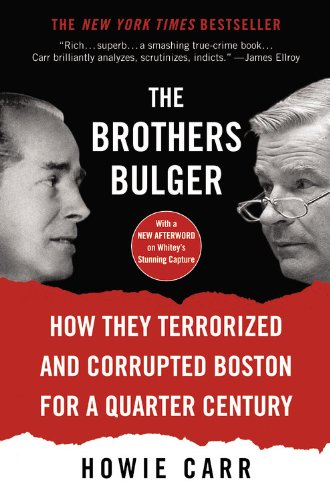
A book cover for The Brothers Bulger: How They Terrorized and Corrupted Boston for a Quarter Century; Howie Carr; Biographies & Memoirs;